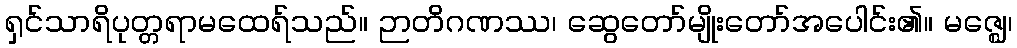
ရှင်သာရိပုတ္တရာမထေရ်သည်။ ဉာတိဂဏဿ၊ ဆွေတော်မျိုးတော်အပေါင်း၏။ မဇ္ဈေ၊